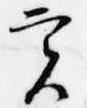
実